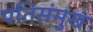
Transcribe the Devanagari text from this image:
पतिसंमुख